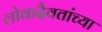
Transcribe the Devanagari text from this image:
लोकदैवतांच्या